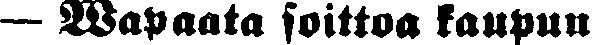
— Wapaata soittoa kaupun